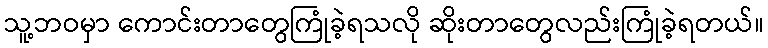
သူ့ဘဝမှာ ကောင်းတာတွေကြုံခဲ့ရသလို ဆိုးတာတွေလည်းကြုံခဲ့ရတယ်။